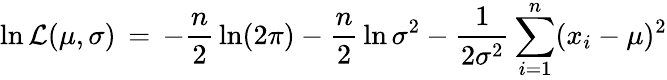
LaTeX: \ln{\mathcal{L}}(\mu,\sigma)\, =\, -{\frac{n}{2}}\ln(2\pi)-{\frac{n}{2}}\ln\sigma^{2}-{\frac{1}{2\sigma^{2}}}\sum_{i=1}^{n}(x_{i}-\mu)^{2}